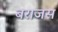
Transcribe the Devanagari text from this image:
बराजस